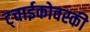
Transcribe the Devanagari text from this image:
ट्चाईकोवस्की